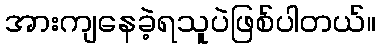
အားကျနေခဲ့ရသူပဲဖြစ်ပါတယ်။